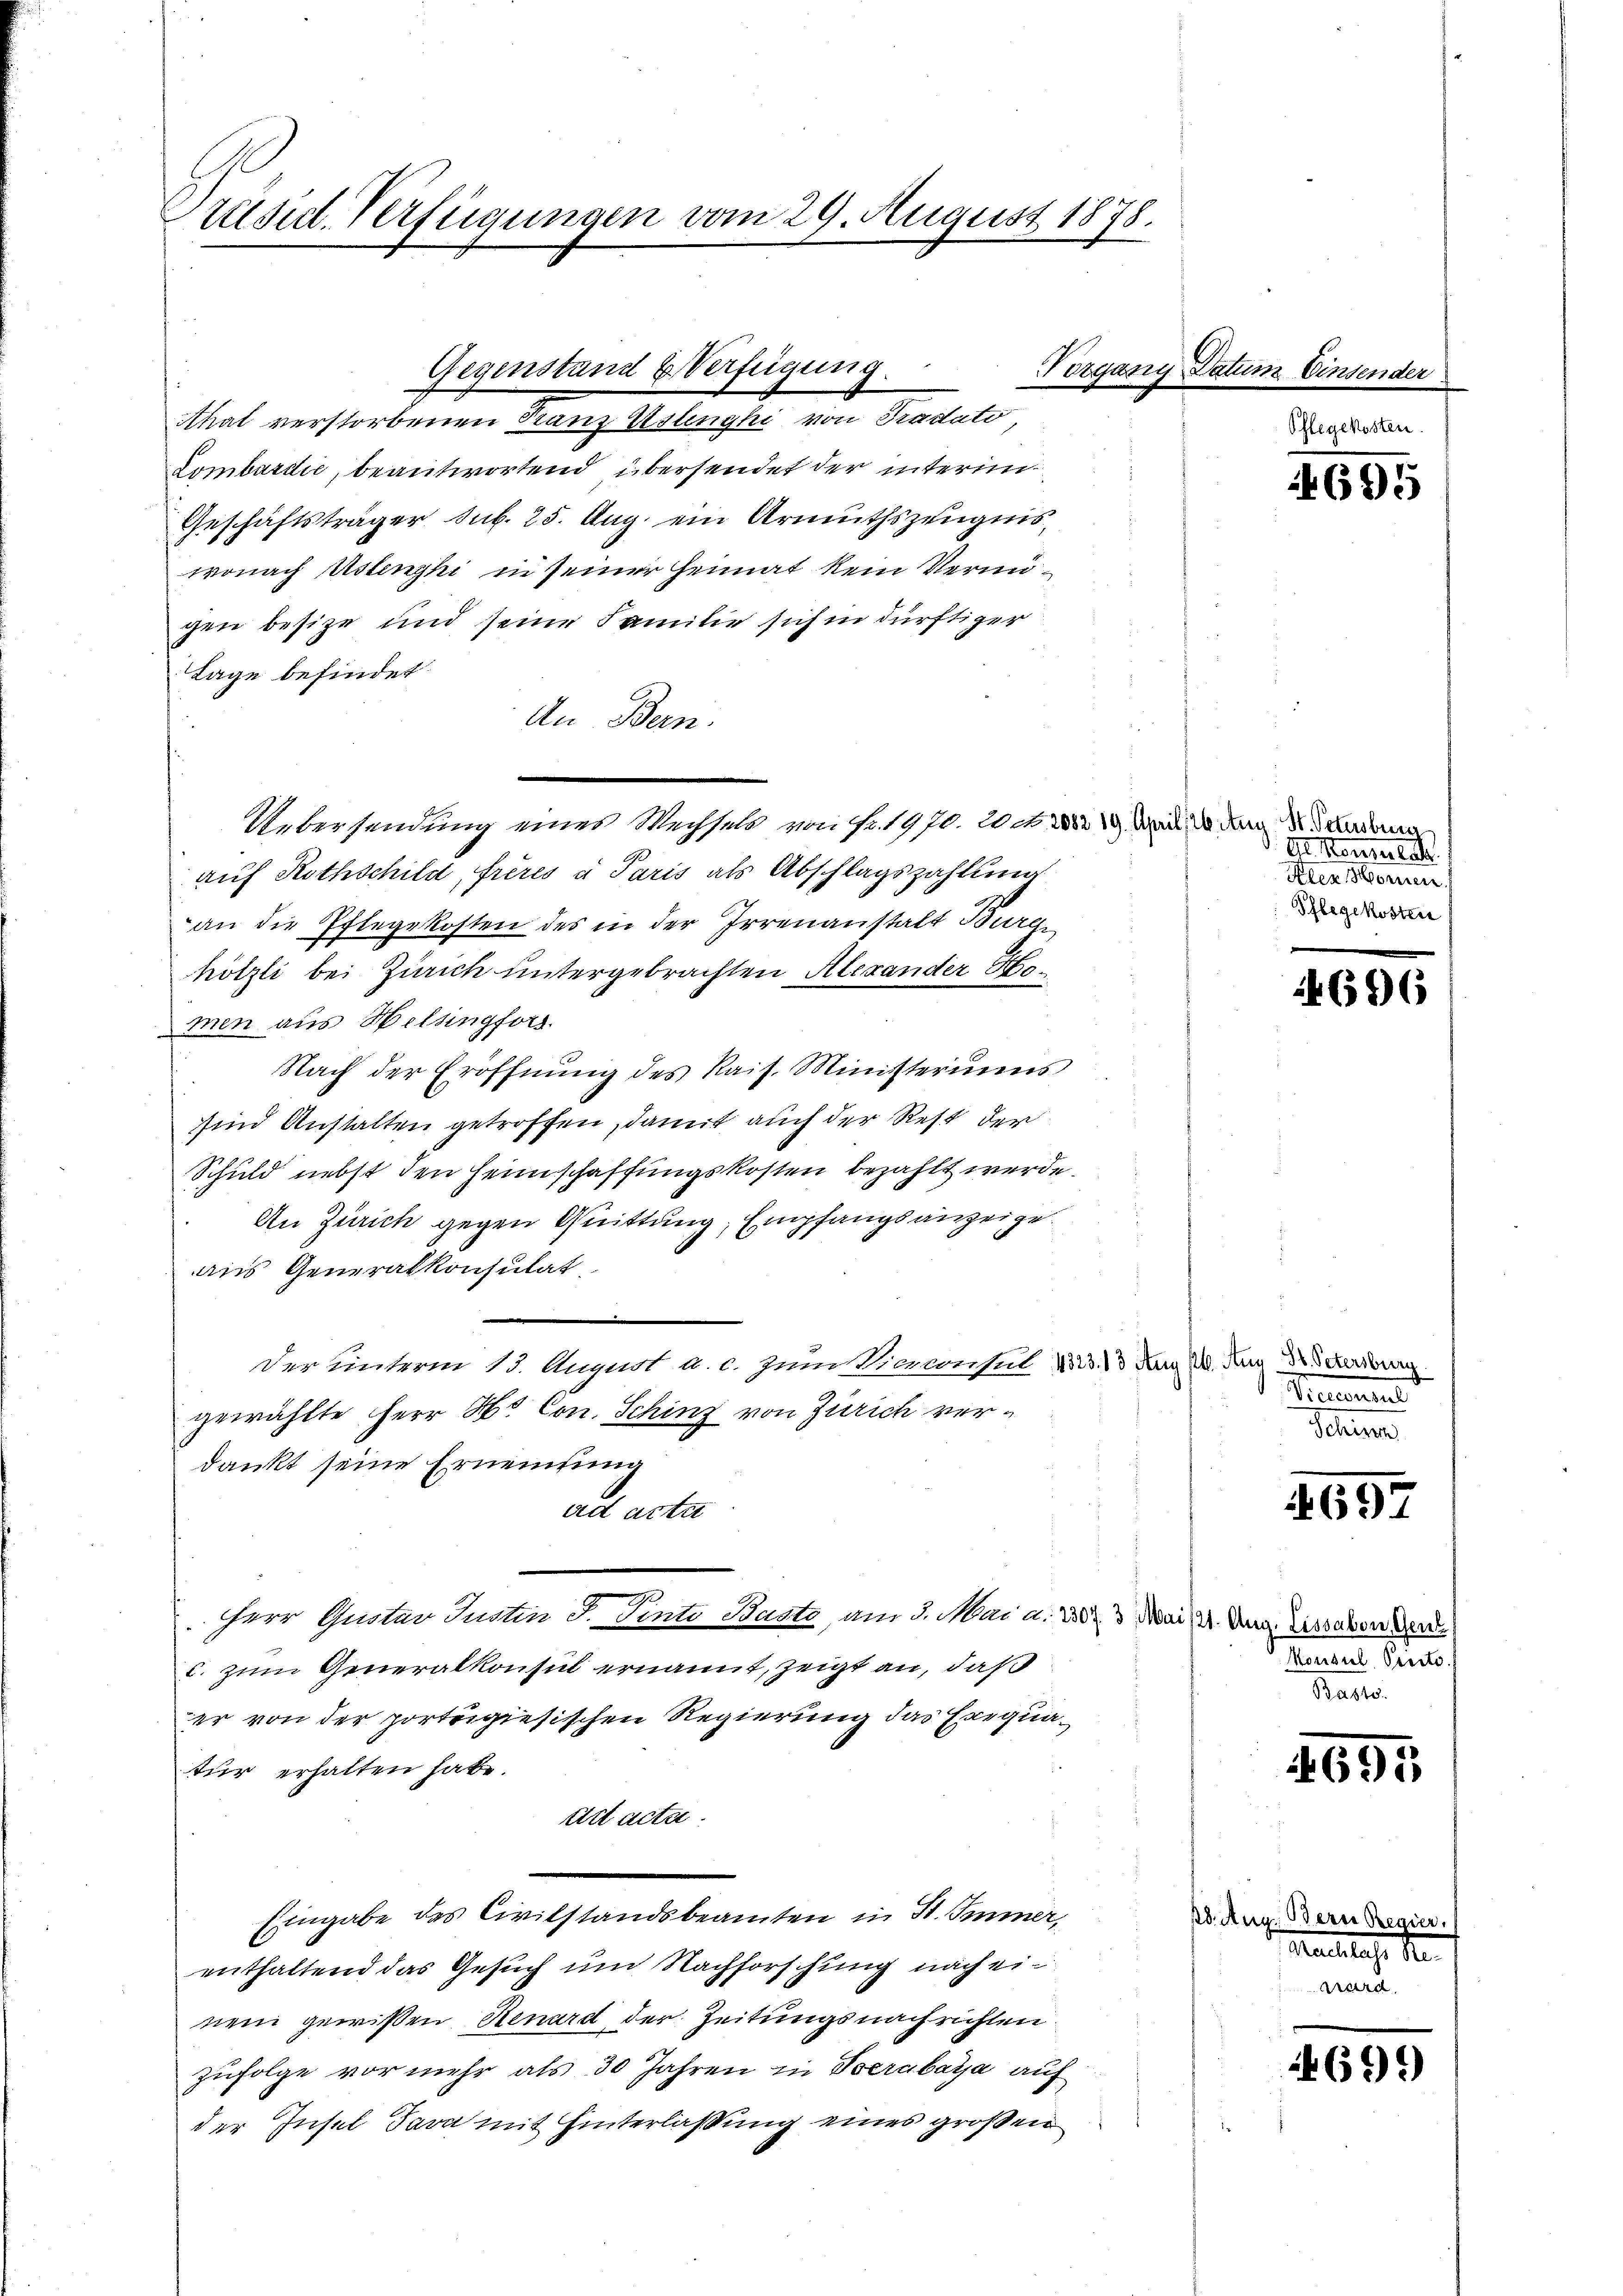
Präsid. Verfügungen vom 29. August 1878.

Lombardić, beantwortend übersendet der interim
Geschäftsträger sub. 25. Aug. ein Armuthszeugnis,
wonach Astenzki in seiner Heimat kein Vermugen besitze und seine Familie sich in dürftiger
Lage befindet.
An Bern.
Uebersendung eines Wechsels von Fr. 1970. 20. 322, Wand do den 3. Anden
auf Rothschild, frères a Paris als Abschlagszahlung
an die Pflegekosten des in der Irrenanstalt Burg
hötzli bei Zürich untergebrachten Alexander Homen aus Helsingfors
Nach der Eröffnung des Rais. Ministeriums
sind Anstalten getroffen, damit auch der Rest der
Schuld nebst den Heimschaffungskosten bezahlt werde.
An Zürich gegen Quittung, Empfangsanzeigeaus Generalkonsulat
Der unterm 13. August a. c. zum Vierconsul 123. 13 Aug W. Aug. Dr Schreiburg
gewählte Herr Hs. Con. Schinz von Zürich verdankt seine Ernennung
ad acta
Herr Quotar Justin S. Sente Baste, am 3. Mai a. 202. 3. Mai 121. Aug. Eissaben verd
c. zum Generalkonsul ernannt, zeigt an, daß
er von der porteigiesischen Regierung das Exequatur erhalten habe.
Art acta.
Eingabe des Civilstandsbeamten in St. Immer,
enthaltend das Gesuch um Nachforschung nach einem gewissen Renard der Zeitungsnachrichten
zufolge vor mehr als 30 Jahren in Verabara auf
der Insel Sara mit Hinterlaßung eines großen

Gegenstand & Verfügung
Ahat verstorbenen Franz Uslinghi von Tradato,

Vozgang Datum Einsender

Gl. Konsulat
Alen Wornen
Pflegekosten

4695

696

Brement
Schinz

1657

Konsul Vierte.
Basto

1695

18. Aug. Bern Regier.
euillige de
wrd

699